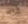
اقضى